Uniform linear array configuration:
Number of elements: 16
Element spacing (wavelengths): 1
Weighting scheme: binomial
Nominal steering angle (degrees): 30
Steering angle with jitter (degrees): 30.51
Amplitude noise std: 0.05
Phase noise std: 0.05

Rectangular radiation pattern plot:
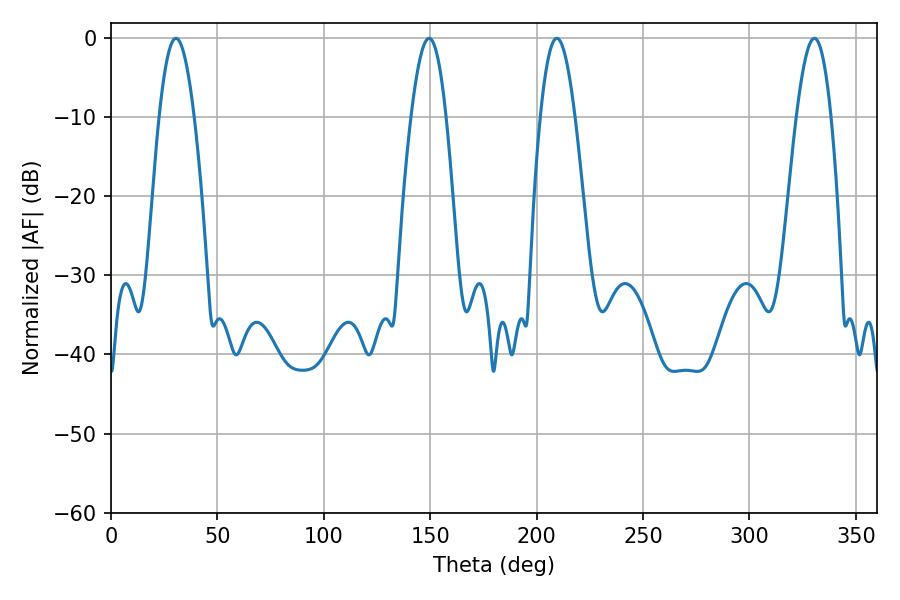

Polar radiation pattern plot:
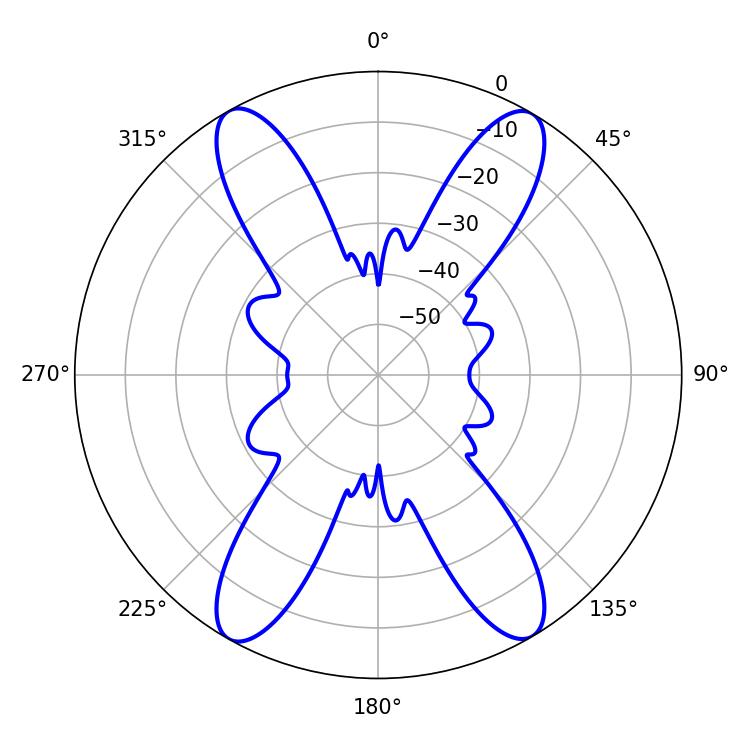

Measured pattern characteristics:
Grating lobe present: TRUE
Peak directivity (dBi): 24.995
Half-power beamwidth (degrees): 8.82
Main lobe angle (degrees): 209.52